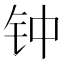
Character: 钟